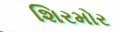
શિરમોર